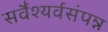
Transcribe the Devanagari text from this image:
सर्वैश्यर्वसंपन्न